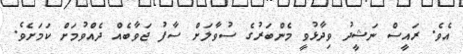
އެވެ. ރައީސް ނަޝީދު ވިދާޅުވީ މެންބަރުގެ ސުވާލަށް ސާފު ޖަވާބެއް ދެއްވުމަށް ކަމަށެވެ.